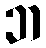
ဘ